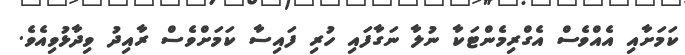
ކަމަށާއި އެއްވެސް އެގްރިމެންޓަކާ ނުލާ ނަގާފައި ހުރި ފައިސާ ކަމަށްވެސް ރާއިދު ވިދާޅުވިއެވެ.